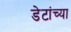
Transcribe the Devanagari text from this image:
डेटांच्या